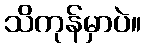
သိကုန်မှာပဲ။